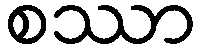
စဿာ